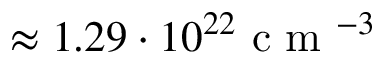
\approx 1 . 2 9 \cdot 1 0 ^ { 2 2 } \mathrm { ~ c ~ m ~ } ^ { - 3 }